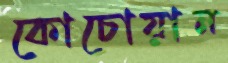
কোচোয়ান